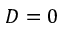
D = 0